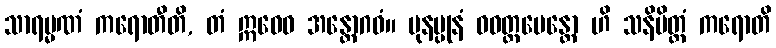
သာရမ္မဏံ ကရောတီတိ, တံ ဣဓေဝ အန္တောဂဓံ။ ပုနပ္ပုနံ ဝဝတ္ထပေန္တော ဟိ သနိမိတ္တံ ကရောတိ